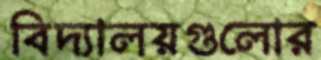
বিদ্যালয়গুলোর